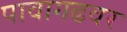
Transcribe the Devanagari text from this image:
पावागढवर